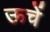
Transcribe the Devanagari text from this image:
ऊचें